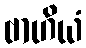
ဗာဟိယံ